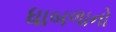
ધાબળાનો